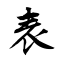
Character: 表